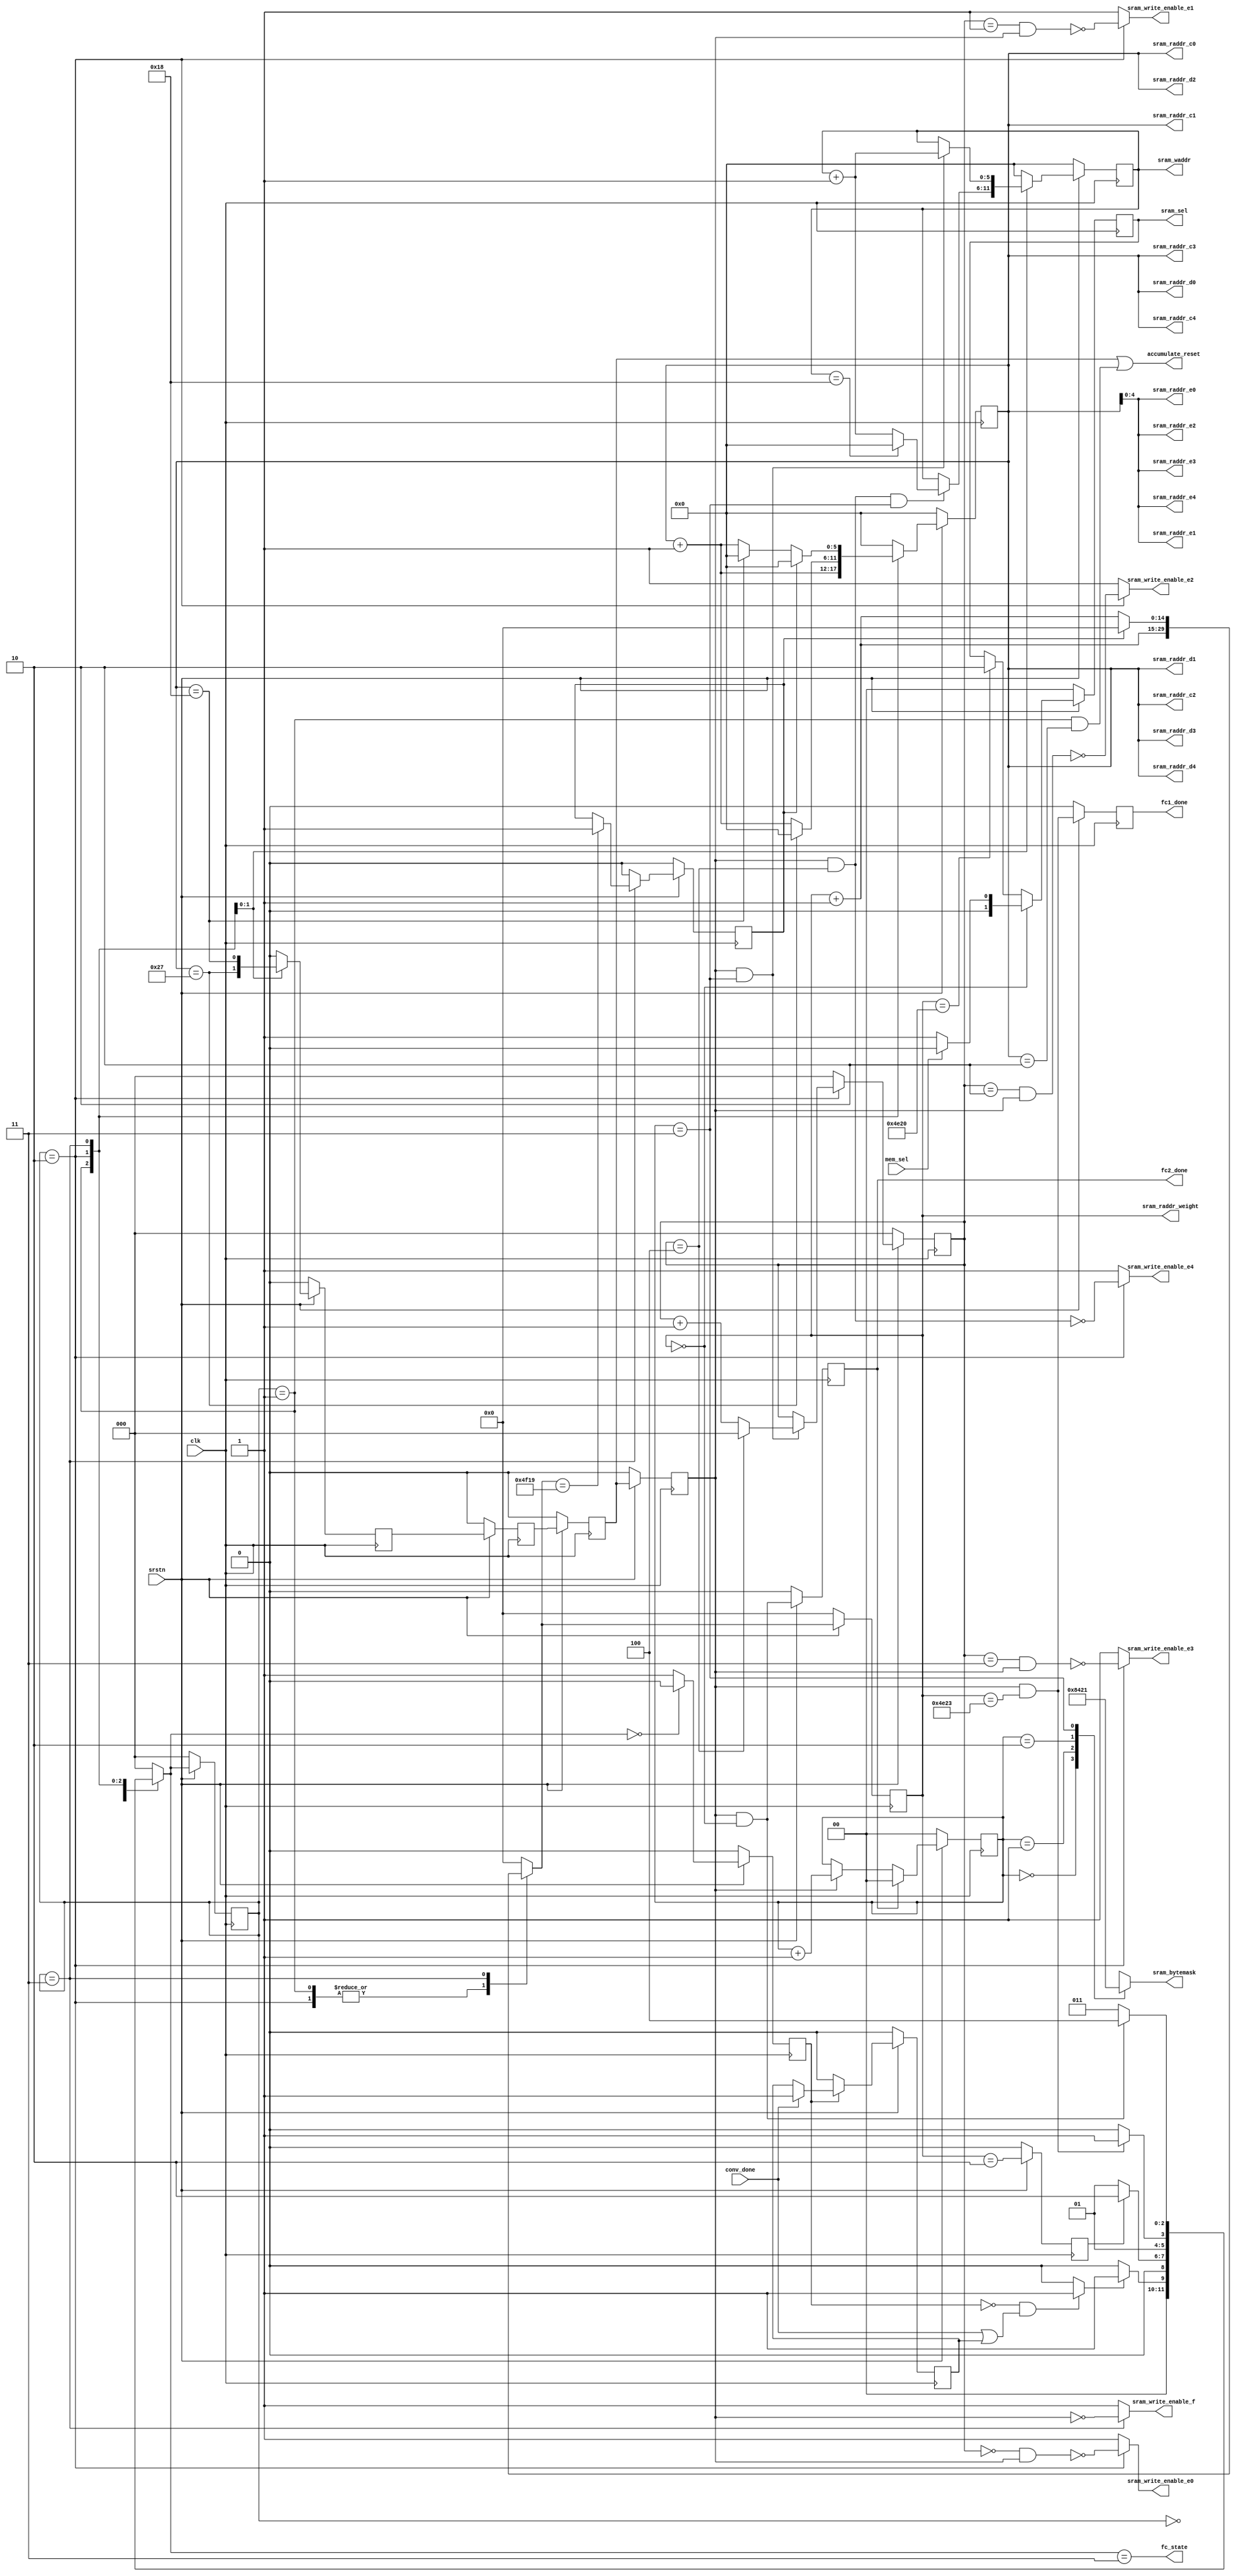
/**
 * Editor : Steven
 */
module fc_controller#(
	parameter WEIGHT_WIDTH = 4,
    parameter WEIGHT_NUM = 20,
    parameter DATA_WIDTH = 8,
    parameter DATA_NUM_PER_SRAM_ADDR = 4,
    parameter WEIGHT_ADDR_WIDTH = 15
)
(
input clk,
input srstn,

input conv_done,					//connect to conv_done from CONV
input mem_sel,						//mem_sel = 1: FC reads c, mem_sel = 0: FC reads d

output reg accumulate_reset,		//connect to multiplier_accumulator
output reg fc_state,
output reg [1:0] sram_sel,			//select to read sram c, sram d or sram e

//Read c/d/e sram addr
output [5:0] sram_raddr_c0,
output [5:0] sram_raddr_c1,
output [5:0] sram_raddr_c2,
output [5:0] sram_raddr_c3,
output [5:0] sram_raddr_c4,
output [5:0] sram_raddr_d0,
output [5:0] sram_raddr_d1,
output [5:0] sram_raddr_d2,
output [5:0] sram_raddr_d3,
output [5:0] sram_raddr_d4,
output [4:0] sram_raddr_e0,
output [4:0] sram_raddr_e1,
output [4:0] sram_raddr_e2,
output [4:0] sram_raddr_e3,
output [4:0] sram_raddr_e4,

//write_enable of sram e series 
output reg sram_write_enable_e0,
output reg sram_write_enable_e1,
output reg sram_write_enable_e2,
output reg sram_write_enable_e3,
output reg sram_write_enable_e4,

//write_enable of sram f 
output reg sram_write_enable_f,

//write addr and mask
output reg [5:0] sram_waddr,		//addr for writing to sram e and f
output reg [3:0] sram_bytemask,		//mask for writing to sram e and f

//sram weight addr
output [WEIGHT_ADDR_WIDTH-1:0] sram_raddr_weight,

//fc_done signal
output reg fc1_done,
output reg fc2_done
);

localparam IDLE = 0, PRE_FETCH = 1, FC_1 = 2, FC_2 = 3, DONE = 4;

//FSM
reg [2:0] state, n_state;

//conv_done signal record
reg conv_done_record, n_conv_done_record;

//switch signal
reg fetch_data_start;
reg fetch_done, n_fetch_done;
reg n_fc1_done;									
reg n_fc2_done;									
reg busy, n_busy;				//1: busy, 0: idle

/************************************************
counter: 										*
------------------------------------------------*
data addr cnt:									*
col_cnt(fc1: 0~499; fc2: 0~9;)					*
row_cnt(20 rows as a set; fc1: 0~39; fc2: 0~24)	*
												*
weight addr cnt:								*
weight_cnt(fc1: 0~19999; fc2: 20000~20249;)		*
												*
state (delay) cnt:								* 
*************************************************/
reg [5:0] row_cnt, n_row_cnt;
reg [8:0] col_cnt, n_col_cnt;
reg [WEIGHT_ADDR_WIDTH-1:0] weight_cnt, n_weight_cnt;

reg data_addr_complete, n_data_addr_complete;	//All addresses have been sent out.
reg write_enable, n_write_enable, n_write_enable_delay1, n_write_enable_delay2, n_write_enable_delay3;
reg [2:0] write_e_sram_cnt, n_write_e_sram_cnt;

reg [5:0] n_sram_waddr;

reg [1:0] bytemask_sel, n_bytemask_sel;
reg [1:0] n_sram_sel;


//sram_sel setting: select to read sram c, sram d or sram e
always@* begin
	if(weight_cnt==0)
		n_sram_sel = (mem_sel)? 0 : 1;
	else if(weight_cnt==20000)
		n_sram_sel = 2;
	else
		n_sram_sel = sram_sel;
end
always@(posedge clk) begin
	if(~srstn) 		
		sram_sel <= 0;
	else 
		sram_sel <= n_sram_sel;
end
//fc_state
always@* begin
	fc_state = (n_state==FC_2);
end
//accumulate_reset
always@* begin
	accumulate_reset = n_write_enable||(state==PRE_FETCH&&row_cnt==2);
end
//bytemask_Sel
//assign bytemask_sel = col_cnt_output[1:0];
always@ *begin
	n_bytemask_sel = (write_enable)? bytemask_sel + 1 : bytemask_sel;
end
always@ (posedge clk) begin
	if(~srstn)
		bytemask_sel <= 0;
	else if(fc2_done)
		bytemask_sel <= 0;
	else
		bytemask_sel <= n_bytemask_sel;
end

//bytemask
always@ *begin
	case (bytemask_sel)
		2'b00 : sram_bytemask = 4'b1000;
		2'b01 : sram_bytemask = 4'b0100;
		2'b10 : sram_bytemask = 4'b0010;
		2'b11 : sram_bytemask = 4'b0001;
	  	default: sram_bytemask = 4'b0000;
	endcase
end
//write addr
always@* begin
	case(state)
		IDLE: n_sram_waddr = 0;
		PRE_FETCH: n_sram_waddr = 0;
		FC_1: n_sram_waddr = (write_enable&&write_e_sram_cnt==4&&bytemask_sel==2'b11)? ((sram_waddr==24)? 0 : sram_waddr+1) : sram_waddr;
		FC_2: n_sram_waddr = (write_enable&&bytemask_sel==2'b11)? sram_waddr+1 : sram_waddr;
		DONE: n_sram_waddr = 0;
		default: n_sram_waddr = 0;
	endcase
end
always@(posedge clk) begin
	if(~srstn)
		sram_waddr <= 0;
	else
		sram_waddr <= n_sram_waddr;
end
//write_enable delay
always@ *begin
	case(state)
		IDLE: n_write_enable_delay3 = 0; 
		PRE_FETCH: n_write_enable_delay3 = 0; 
		FC_1: n_write_enable_delay3 = (row_cnt==39); 
		FC_2: n_write_enable_delay3 = (row_cnt==24); 
		DONE: n_write_enable_delay3 = 0; 
		default : n_write_enable_delay3 = 0; 
	endcase
end

//write_enable and write e sram counter
always@* begin
	case(state)
		IDLE: n_write_e_sram_cnt = 0; 
		PRE_FETCH: n_write_e_sram_cnt = 0; 
		FC_1: n_write_e_sram_cnt = (write_enable&&bytemask_sel==2'b11)? ((write_e_sram_cnt==4)? 0 : write_e_sram_cnt+1) : write_e_sram_cnt;
		FC_2: n_write_e_sram_cnt = 0;
		DONE: n_write_e_sram_cnt = 0; 
		default : n_write_e_sram_cnt = 0; 
	endcase
end
always@(posedge clk) begin
	if(~srstn) begin 		
		write_enable <= 0;
		n_write_enable <= 0;
		n_write_enable_delay1 <= 0;
		n_write_enable_delay2 <= 0;
		write_e_sram_cnt <= 0;
	end
	else begin
		write_enable <= n_write_enable;
		n_write_enable <= n_write_enable_delay1;
		n_write_enable_delay1 <= n_write_enable_delay2;
		n_write_enable_delay2 <= n_write_enable_delay3;
		write_e_sram_cnt <= n_write_e_sram_cnt;
	end
end
//write_enable of sram e series and f: controlled by a counter(0~4)
always@* begin
	case(state)
		IDLE: begin
			sram_write_enable_e0 = 1;
			sram_write_enable_e1 = 1;
			sram_write_enable_e2 = 1;
			sram_write_enable_e3 = 1;
			sram_write_enable_e4 = 1;
			sram_write_enable_f = 1;
		end
		PRE_FETCH: begin
			sram_write_enable_e0 = 1;
			sram_write_enable_e1 = 1;
			sram_write_enable_e2 = 1;
			sram_write_enable_e3 = 1;
			sram_write_enable_e4 = 1;
			sram_write_enable_f = 1;
		end
		FC_1: begin
			sram_write_enable_e0 = ~((write_e_sram_cnt==0)&&write_enable);
			sram_write_enable_e1 = ~((write_e_sram_cnt==1)&&write_enable);
			sram_write_enable_e2 = ~((write_e_sram_cnt==2)&&write_enable);
			sram_write_enable_e3 = ~((write_e_sram_cnt==3)&&write_enable);
			sram_write_enable_e4 = ~((write_e_sram_cnt==4)&&write_enable);
			sram_write_enable_f = 1;
		end
		FC_2: begin
			sram_write_enable_e0 = 1;
			sram_write_enable_e1 = 1;
			sram_write_enable_e2 = 1;
			sram_write_enable_e3 = 1;
			sram_write_enable_e4 = 1;
			sram_write_enable_f = ~write_enable;
		end
		DONE: begin
			sram_write_enable_e0 = 1;
			sram_write_enable_e1 = 1;
			sram_write_enable_e2 = 1;
			sram_write_enable_e3 = 1;
			sram_write_enable_e4 = 1;
			sram_write_enable_f = 1;
		end
		default: begin
			sram_write_enable_e0 = 1;
			sram_write_enable_e1 = 1;
			sram_write_enable_e2 = 1;
			sram_write_enable_e3 = 1;
			sram_write_enable_e4 = 1;
			sram_write_enable_f = 1;
		end
	endcase
end

//fetch_done
always@* begin
	n_fetch_done = (weight_cnt==2);
end

always@(posedge clk) begin
	if(~srstn) 	fetch_done <= 0;
	else fetch_done <= n_fetch_done;
end
//fc_done signal: fc1_done and fc2_done, when output is ready, n_done is raised.
always@*begin
	n_fc1_done = (write_enable&&weight_cnt==20003);
	n_fc2_done = (write_enable&&weight_cnt==0);
end
always@(posedge clk)begin
	if(~srstn) begin
		fc1_done <= 0;
		fc2_done <= 0;
	end			
	else begin
		fc1_done <= n_fc1_done;
		fc2_done <= n_fc2_done;
	end
end
//data_addr_complete
always@*begin
	case(state)
		IDLE: n_data_addr_complete = 0;
		PRE_FETCH: n_data_addr_complete = 0;
		FC_1: n_data_addr_complete = 0;
		FC_2: n_data_addr_complete = (n_weight_cnt==20249)? 1 : data_addr_complete;
		DONE: n_data_addr_complete = 0;
		default: n_data_addr_complete = 0;
	endcase
end
always@(posedge clk)begin
	if(~srstn) 
		data_addr_complete <= 0;
	else 
		data_addr_complete <= n_data_addr_complete;
end

//counter control and addr assign
always@* begin
	case(state)
		IDLE: begin
			n_row_cnt = 0;
			n_col_cnt = 0;
			n_weight_cnt = 0;
		end
		PRE_FETCH: begin
			n_row_cnt = row_cnt + 1;
			n_col_cnt = col_cnt;
			n_weight_cnt = weight_cnt + 1;
		end
		FC_1: begin
			n_row_cnt = (row_cnt==39)? 0 : row_cnt+ 1;
			n_col_cnt = (row_cnt==39)? ((col_cnt==499)? 0 : col_cnt+1) : col_cnt;   
			n_weight_cnt = weight_cnt + 1;
		end
		FC_2: begin
			n_row_cnt = (data_addr_complete)? 0 : ((row_cnt==24)? 0 : (row_cnt+ 1));
			n_col_cnt = (data_addr_complete)? 0 : ((row_cnt==24)? col_cnt+1 : col_cnt);
			n_weight_cnt = (data_addr_complete)? 0 : weight_cnt+1;   
		end
		DONE: begin
			n_row_cnt = 0;
			n_col_cnt = 0;
			n_weight_cnt = 0;
		end
		default: begin
			n_row_cnt = 0;
			n_col_cnt = 0;
			n_weight_cnt = 0;
		end
	endcase
end
always@(posedge clk) begin
	if(~srstn) begin
		row_cnt <= 0;
		col_cnt <= 0;
		weight_cnt <= 0;

	end
	else begin
		row_cnt <= n_row_cnt;
		col_cnt <= n_col_cnt;
		weight_cnt <= n_weight_cnt;
	end
end
assign sram_raddr_weight = weight_cnt;
assign sram_raddr_c0 = row_cnt;
assign sram_raddr_c1 = row_cnt;
assign sram_raddr_c2 = row_cnt;
assign sram_raddr_c3 = row_cnt;
assign sram_raddr_c4 = row_cnt;
assign sram_raddr_d0 = row_cnt;
assign sram_raddr_d1 = row_cnt;
assign sram_raddr_d2 = row_cnt;
assign sram_raddr_d3 = row_cnt;
assign sram_raddr_d4 = row_cnt;
assign sram_raddr_e0 = row_cnt[4:0];
assign sram_raddr_e1 = row_cnt[4:0];
assign sram_raddr_e2 = row_cnt[4:0];
assign sram_raddr_e3 = row_cnt[4:0];
assign sram_raddr_e4 = row_cnt[4:0];

//record conv_done
always@* begin
	if(busy) n_conv_done_record = (conv_done)? 1 : conv_done_record;
	else n_conv_done_record = 0;
end
always@(posedge clk) begin
	if(~srstn) conv_done_record <= 0;
	else conv_done_record <= n_conv_done_record;
end


//fetch_data_start
always@*begin
	fetch_data_start = (~busy&&(conv_done||conv_done_record))? 1:0;
end
//busy wire setting
always@*begin
	n_busy = (n_state==IDLE)? 0:1;
end
always@(posedge clk) begin
	if(~srstn)
		busy <= 0;
	else
		busy <= n_busy;
end
//FSM
always@* begin
	case(state)
		IDLE: n_state = (fetch_data_start)? PRE_FETCH : IDLE; 
		PRE_FETCH: n_state = (fetch_done)? FC_1 : PRE_FETCH;
		FC_1: n_state = (n_fc1_done)? FC_2 : FC_1;			//switch to FC_2 after the outputs of FC_1 are all stored well in e sram
		FC_2: n_state = (n_fc2_done)? DONE : FC_2;			//switch to IDLE after the outputs of FC_2 are all stored well in f sram
		DONE: n_state = IDLE;
		default: n_state = IDLE; 
	endcase
end

always@(posedge clk) begin
	if(~srstn) 
		state <= 0;
	else 
		state <= n_state;
end

endmodule